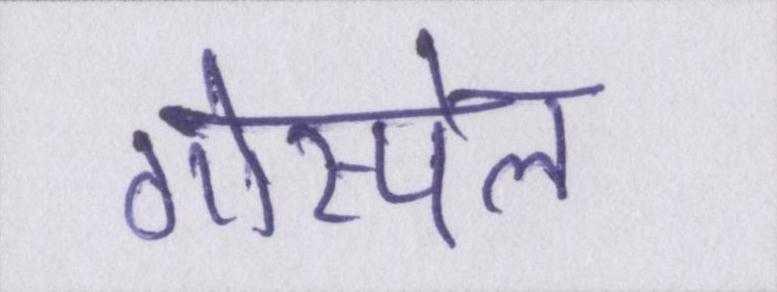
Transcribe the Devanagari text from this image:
गोस्पेल